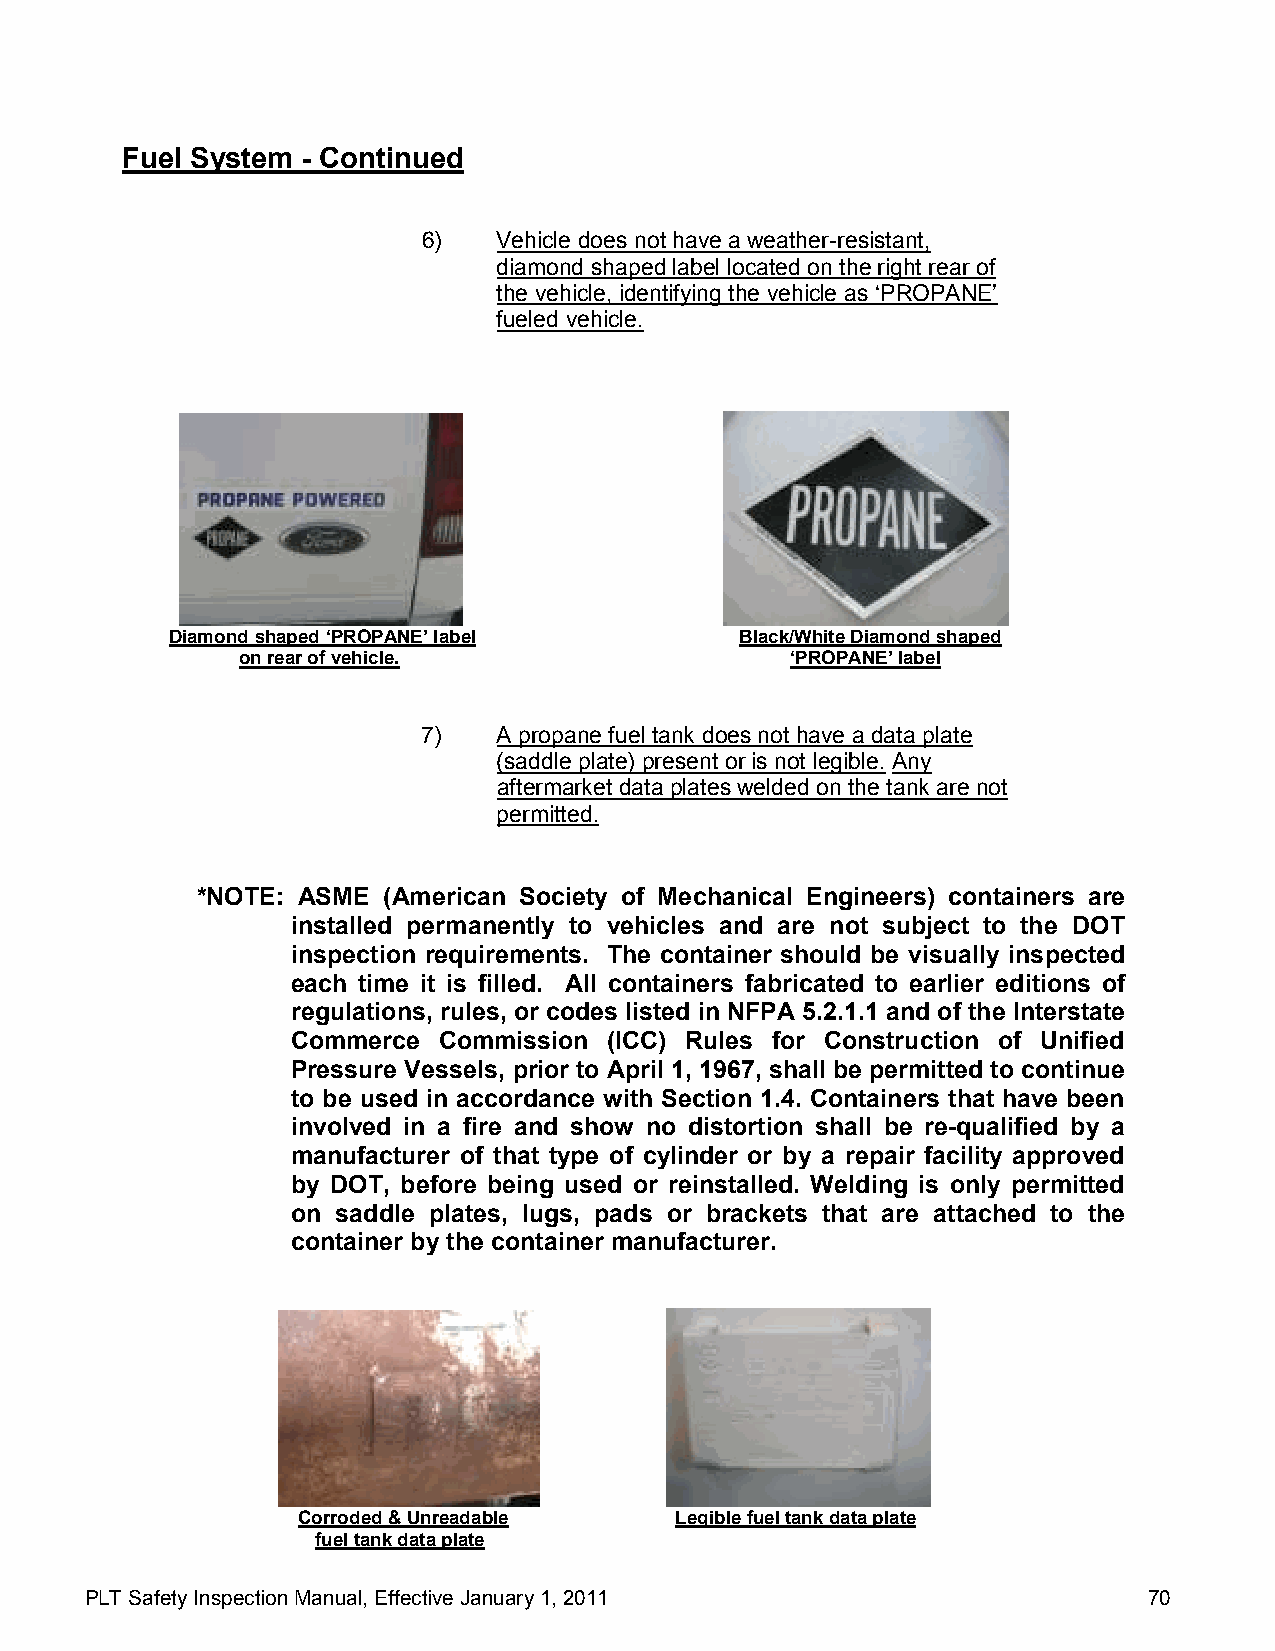
Fuel System - Continued
 6)   Vehicle does not have a weather-resistant,
 diamond shaped label located on the right rear of
 the vehicle, identifying the vehicle as ‘PROPANE’
 fueled vehicle.
 Diamond shaped ‘PROPANE’ label        Black/White Diamond shaped
 on rear of vehicle.                 ‘PROPANE’ label
 7)   A propane fuel tank does not have a data plate
 (saddle plate) present or is not legible. Any
 aftermarket data plates welded on the tank are not
 permitted.
 *NOTE: ASME (American Society of Mechanical Engineers) containers are
 installed permanently to vehicles and are not subject to the DOT
 inspection requirements. The container should be visually inspected
 each time it is filled. All containers fabricated to earlier editions of
 regulations, rules, or codes listed in NFPA 5.2.1.1 and of the Interstate
 Commerce  Commission (ICC) Rules for Construction of Unified
 Pressure Vessels, prior to April 1, 1967, shall be permitted to continue
 to be used in accordance with Section 1.4. Containers that have been
 involved in a fire and show no distortion shall be re-qualified by a
 manufacturer of that type of cylinder or by a repair facility approved
 by DOT, before being used or reinstalled. Welding is only permitted
 on saddle plates, lugs, pads or brackets that are attached to the
 container by the container manufacturer.
 Corroded & Unreadable    Legible fuel tank data plate
 fuel tank data plate
 PLT Safety Inspection Manual, Effective January 1, 2011               70